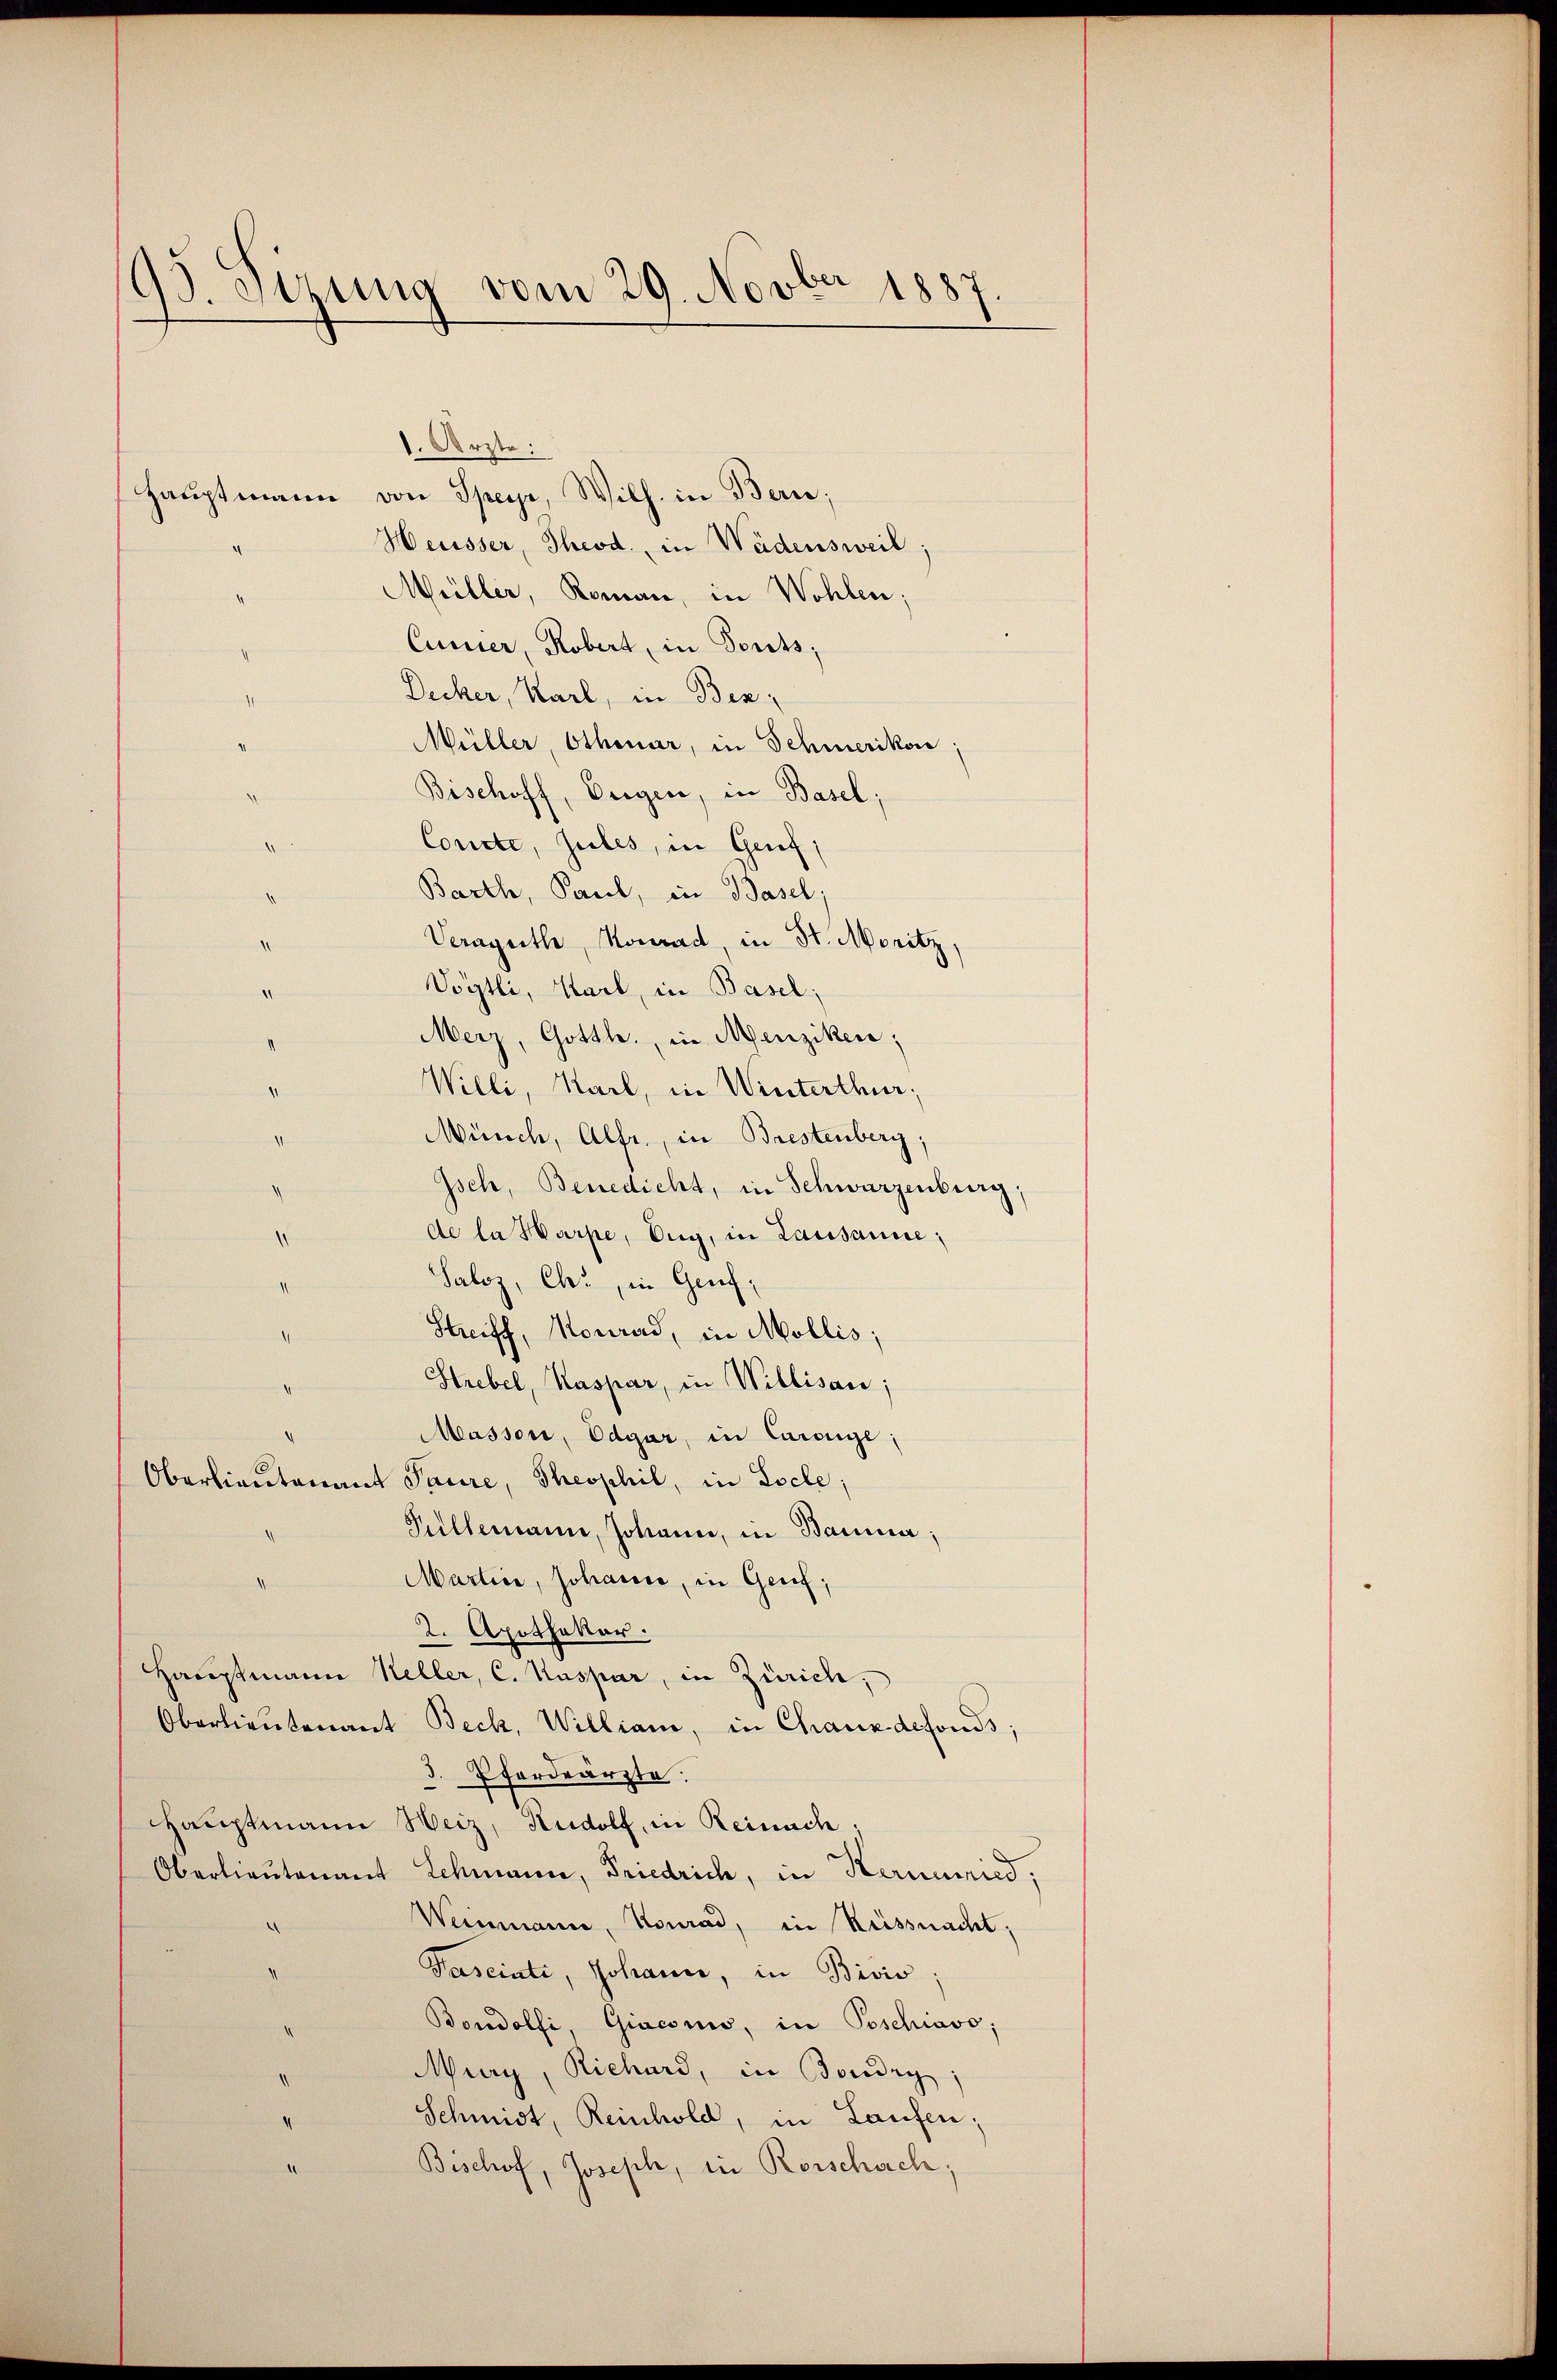
93. Sizung vom 29. Novber 1887

1. Arzte:
Hauptmann von Speyr, Wilh. in Bern;
Heusser, Theod. in Wädensweil;
Müller, Roman, in Wohlen;
Cumier, Robert, in Forts,
Dicker, Karl, in Bez
Müller, Othmar, in Schmerikon;
Bischoff, beigen, in Basel;
Concle, zules, in Genf,
Barth, Paul, in Basel;
Veraputh, Konrad, in St. Moritz,
Vögtli, Karl, in Basel;
¬
Merz, Gotth., in Menziken;
Willi, Karl, in Winterthur;
Münch, Alfr., in Brestenberg;
4
Jsch, Benedicht, in Schwarzenburg.
de la Harpe, Aug, in Lausanne;
Saloz, Ch., in Genf,
II
Streiff, Monrad, in Mollis,
Htrebel, Kaspar, in Willisau;
Massen, Edgar, in Carouge;
Oberlieutenant Paure, Theophil, in Locle;
Pillemann, Johann, in Bauma,
Martini, Johann, in Genf;
2. Apothekar
Hauptmann Keller, C. Kaspar, in Zürich;
Oberlieutenant Beck, William, in Chauxdefonds;
3. Pferdrärzte:
Hauptmann Weiz, Rudolf, in Reinach;
Oberlieutenant Schmann, Friedrich, in Kernumied,
Weinmann, Konrad, in Rüssnacht;
Paseinte, Johann, in Bivis;
Bondolfi, Giaconus, in Poschiavo,
Mury, Richard, in Boudry,
.
Schmidt, Reinhold, in Laufen;
Bischof, Joseph, in Rorschach;
“